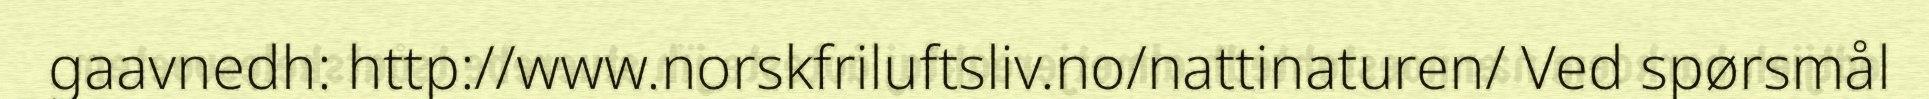
gaavnedh: http://www.norskfriluftsliv.no/nattinaturen/ Ved spørsmål